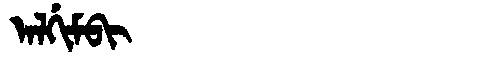
Manchu: ᠠᠯᡤᡳᠮᠪᡳ
Romanization: ALGIMBI